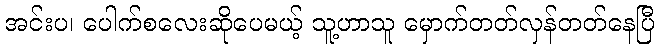
အင်းပ၊ ပေါက်စလေးဆိုပေမယ့် သူ့ဟာသူ မှောက်တတ်လှန်တတ်နေပြီ